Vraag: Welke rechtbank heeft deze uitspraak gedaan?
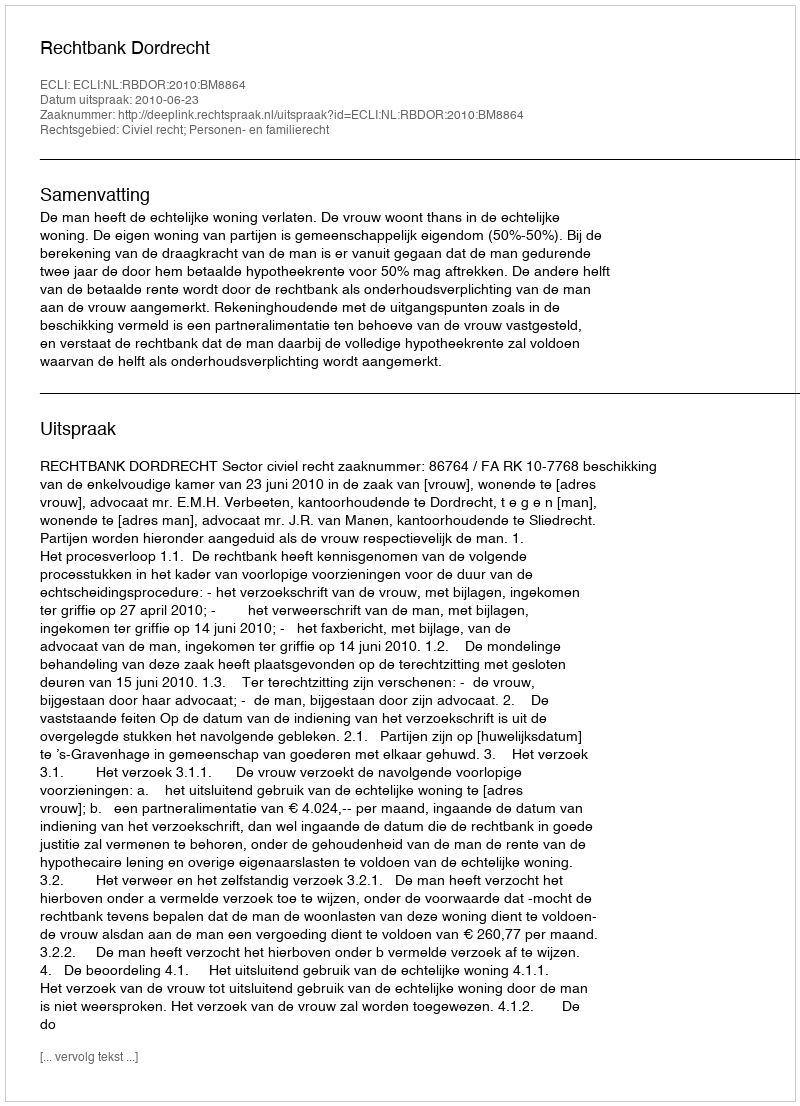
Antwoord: Rechtbank Dordrecht